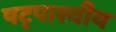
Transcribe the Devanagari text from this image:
षट्पाश्वीय